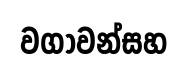
වගාවන්සහ